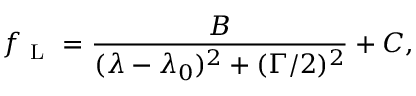
f _ { \mathrm { ~ L ~ } } = \frac { B } { ( \lambda - \lambda _ { 0 } ) ^ { 2 } + ( \Gamma / 2 ) ^ { 2 } } + C ,